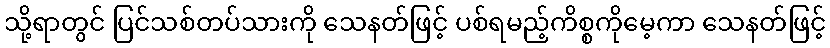
သို့ရာတွင် ပြင်သစ်တပ်သားကို သေနတ်ဖြင့် ပစ်ရမည့်ကိစ္စကိုမေ့ကာ သေနတ်ဖြင့်